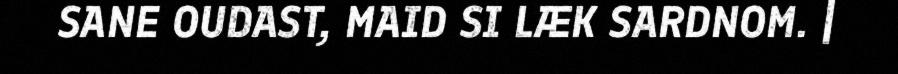
SANE OUDAST, MAID SI LÆK SARDNOM. |